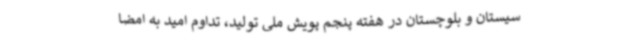
سیستان و بلوچستان در هفته پنجم پویش ملی تولید، تداوم امید به امضا